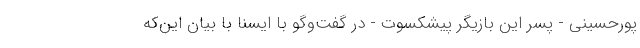
پورحسینی - پسر این بازیگر پیشکسوت - در گفت‌وگو با ایسنا با بیان این‌که